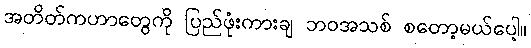
အတိတ်ကဟာတွေကို ပြည်ဖုံးကားချ ဘဝအသစ် စတော့မယ်ပေါ့။